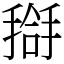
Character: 搿